Leprosy in India: report of the Leprosy Commission in India, 1890-91
Year: 1890
Disease focus: Leprosy
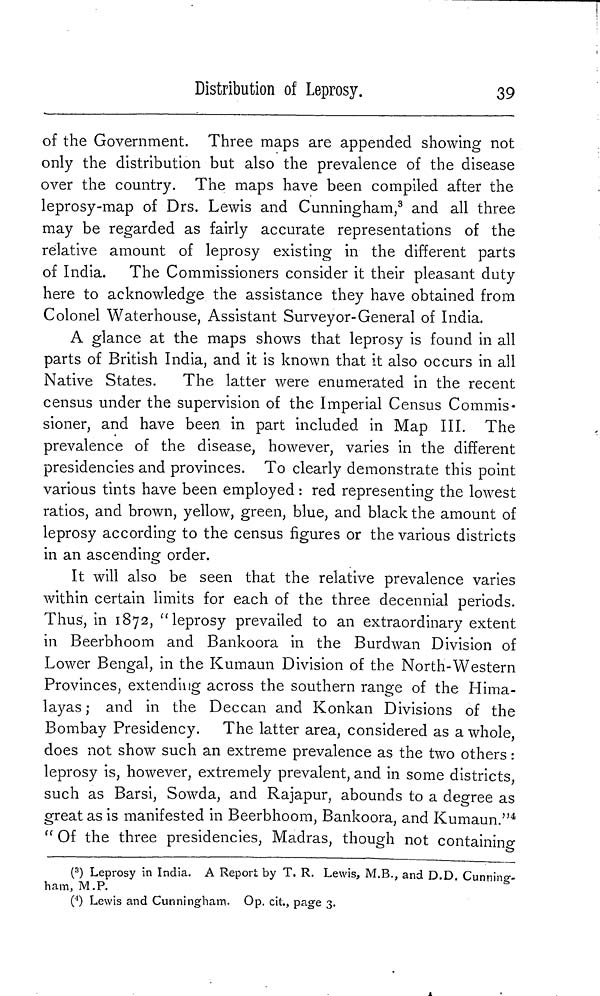
Distribution of Leprosy.
39
of the Government. Three maps are appended showing not
only the distribution but also the prevalence of the disease
over the country. The maps have been compiled after the
leprosy-map of Drs. Lewis and Cunningham, 3 and all three
may be regarded as fairly accurate representations of the
relative amount of leprosy existing in the different parts
of India. The Commissioners consider it their pleasant duty
here to acknowledge the assistance they have obtained from
Colonel Waterhouse, Assistant Surveyor-General of India.
A glance at the maps shows that leprosy is found in all
parts of British India, and it is known that it also occurs in all
Native States.
The latter were enumerated in the recent
census under the supervision of the Imperial Census Commis-
sioner, and have been in part included in Map III. The
prevalence of the disease, however, varies in the different
presidencies and provinces. To clearly demonstrate this point
various tints have been employed : red representing the lowest
ratios, and brown, yellow, green, blue, and black the amount of
leprosy according to the census figures or the various districts
in an ascending order.
It will also be seen that the relative prevalence varies
within certain limits for each of the three decennial periods.
Thus, in 1872, "leprosy prevailed to an extraordinary extent
in Beerbhoom and Bankoora in the Burdwan Division of
Lower Bengal, in the Kumaun Division of the North-Western
Provinces, extending across the southern range of the Hima-
layas ; and in the Deccan and Konkan Divisions of the
Bombay Presidency. The latter area, considered as a whole,
does not show such an extreme prevalence as the two others :
leprosy is, however, extremely prevalent, and in some districts,
such as Barsi, Sowda, and Rajapur, abounds to a degree as
great as is manifested in Beerbhoom, Bankoora, and Kumaun." 4
" Of the three presidencies, Madras, though not contamino-
( 3 ) Leprosy in India. A Report by T. R. Lewis, M.B., and D.D. Cunning-
ham, M.P.
( 4 ) Lewis and Cunningham. Op. cit., page 3.